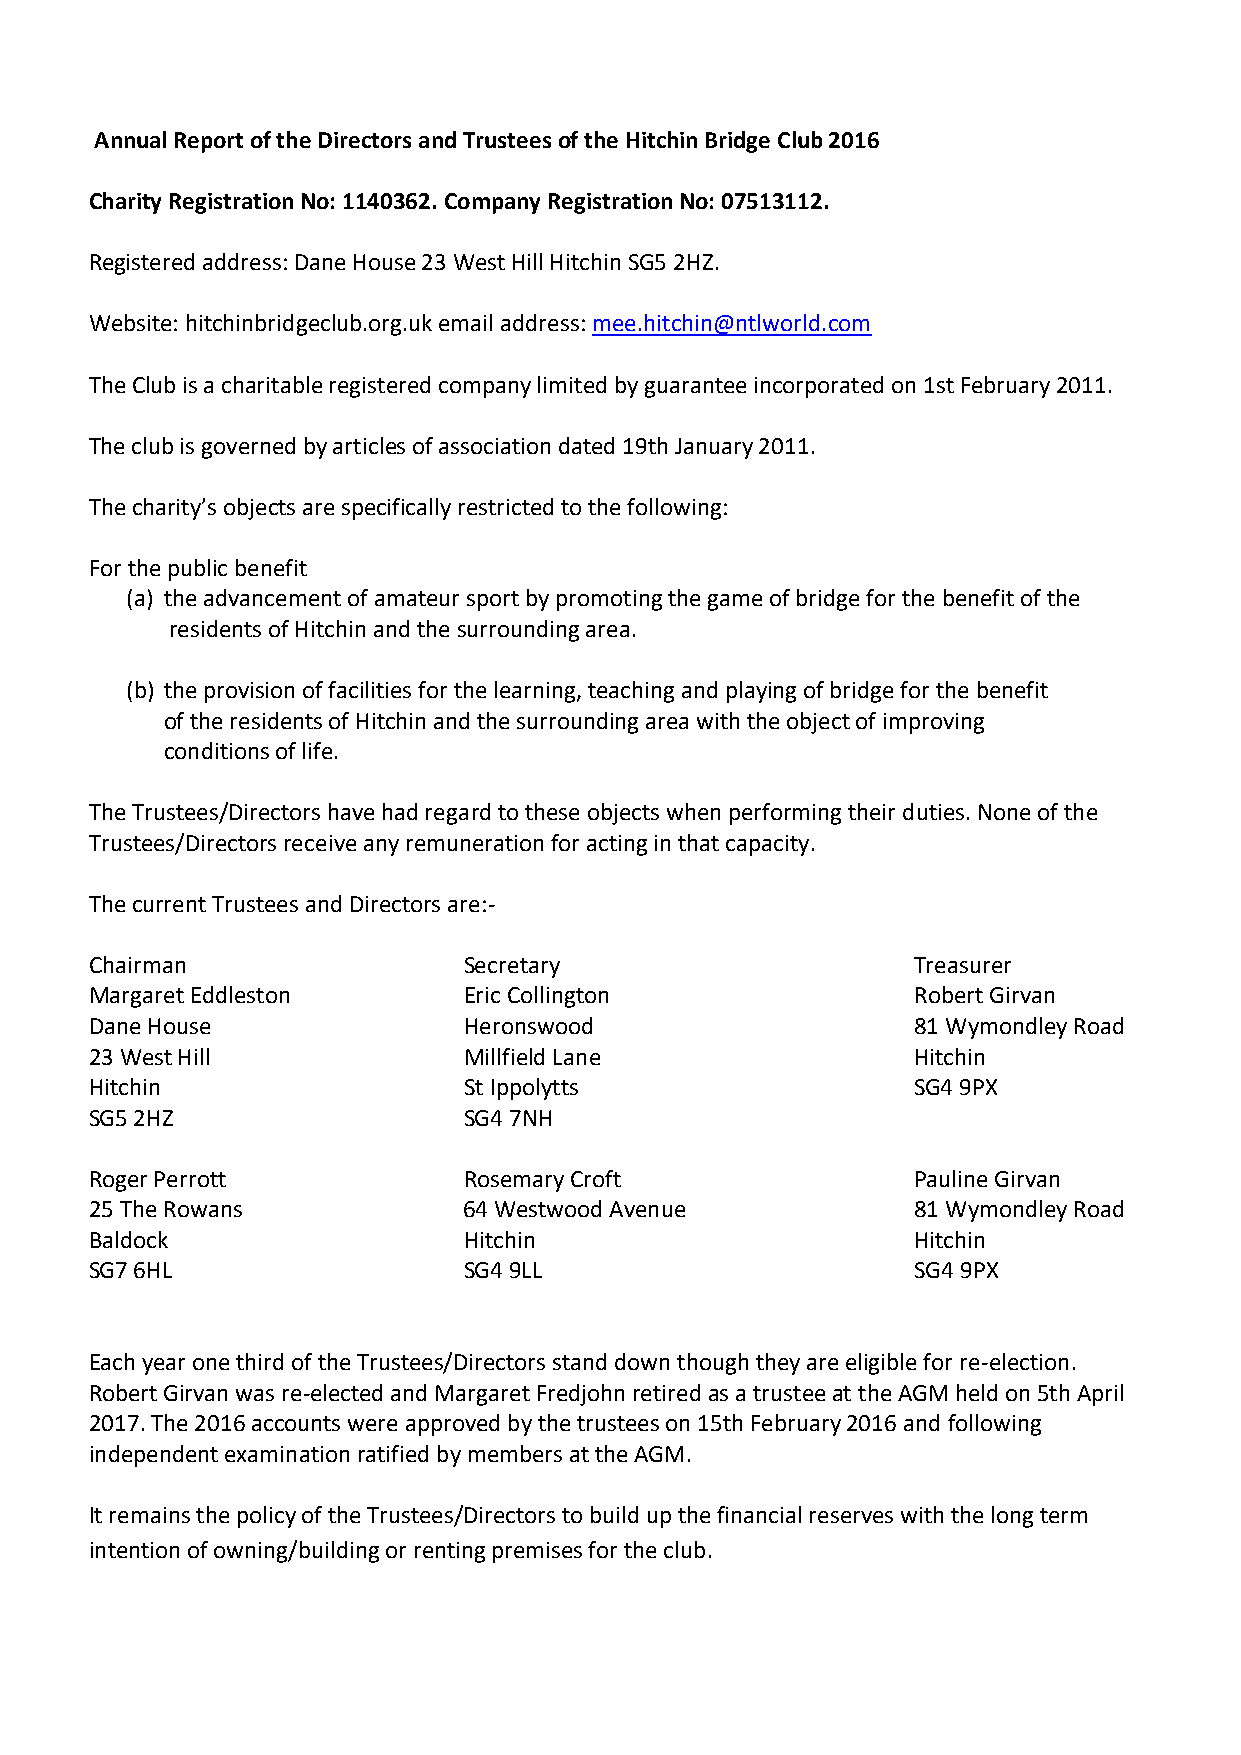
Annual Report of the Directors and Trustees of the Hitchin Bridge Club 2016
 Charity Registration No: 1140362. Company Registration No: 07513112.
 Registered address: Dane House 23 West Hill Hitchin SG5 2HZ.
 Website: hitchinbridgeclub.org.uk email address: mee.hitchin@ntlworld.com
 The Club is a charitable registered company limited by guarantee incorporated on 1st February 2011.
 The club is governed by articles of association dated 19th January 2011.
 The charity’s objects are specifically restricted to the following:
 For the public benefit
 (a) the advancement of amateur sport by promoting the game of bridge for the benefit of the
 residents of Hitchin and the surrounding area.
 (b) the provision of facilities for the learning, teaching and playing of bridge for the benefit
 of the residents of Hitchin and the surrounding area with the object of improving
 conditions of life.
 The Trustees/Directors have had regard to these objects when performing their duties. None of the
 Trustees/Directors receive any remuneration for acting in that capacity.
 The current Trustees and Directors are:-
 Chairman                 Secretary                    Treasurer
 Margaret Eddleston       Eric Collington              Robert Girvan
 Dane House               Heronswood                   81 Wymondley Road
 23 West Hill             Millfield Lane               Hitchin
 Hitchin                  St Ippolytts                 SG4 9PX
 SG5 2HZ                  SG4 7NH
 Roger Perrott            Rosemary Croft               Pauline Girvan
 25 The Rowans            64 Westwood Avenue           81 Wymondley Road
 Baldock                  Hitchin                      Hitchin
 SG7 6HL                  SG4 9LL                      SG4 9PX
 Each year one third of the Trustees/Directors stand down though they are eligible for re-election.
 Robert Girvan was re-elected and Margaret Fredjohn retired as a trustee at the AGM held on 5th April
 2017. The 2016 accounts were approved by the trustees on 15th February 2016 and following
 independent examination ratified by members at the AGM.
 It remains the policy of the Trustees/Directors to build up the financial reserves with the long term
 intention of owning/building or renting premises for the club.